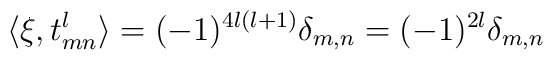
\langle \xi, t^l_{m n}\rangle = (-1)^{4l(l+1)}\delta_{m,n}=(-1)^{2l}\delta_{m,n}